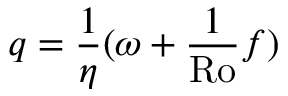
q = \frac { 1 } { \eta } ( \omega + \frac { 1 } { \mathrm { R o } } f )